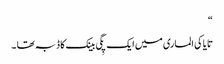
“
تایاکی الماری میں ایک پِگی بینک کا ڈبہ تھا ۔